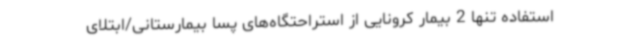
استفاده تنها 2 بیمار کرونایی از استراحتگاه‌های پسا بیمارستانی/ابتلای